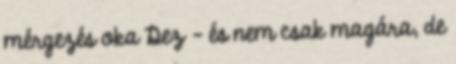
mérgezés oka Dez - és nem csak magára, de